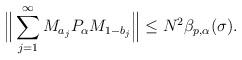
LaTeX: \begin{align*}\Big \| \sum_{j=1}^\infty M_{a_j} P_\alpha M_{1-b_j} \Big \| \leq N^2 \beta_{p,\alpha}(\sigma).\end{align*}